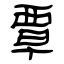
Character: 覃